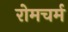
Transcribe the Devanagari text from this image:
रोमचर्म